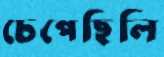
চেপেছিলি